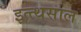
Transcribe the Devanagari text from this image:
इत्त्थसाल